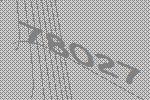
78027